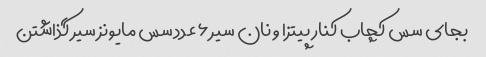
بجای سس کچاب کنار پیتزا و نان سیر ۶ عدد سس مایونز سیر گذاشتن